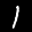
Label: 1